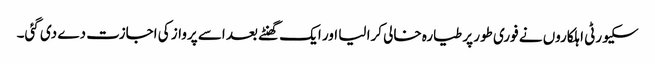
سکیورٹی اہلکاروں نے فوری طور پر طیارہ خالی کرا لیا اور ایک گھنٹے بعد اسے پرواز کی اجازت دے دی گئی۔